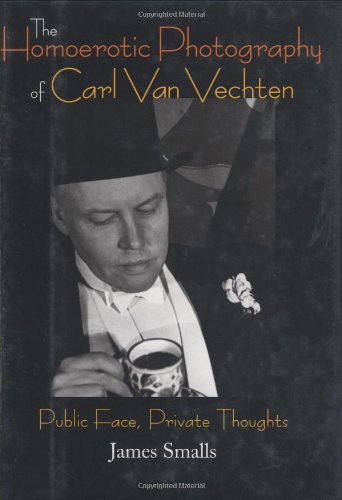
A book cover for The Homoerotic Photography of Carl Van Vechten: Public Face, Private Thoughts; James Smalls; Gay & Lesbian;